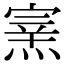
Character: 𤌊